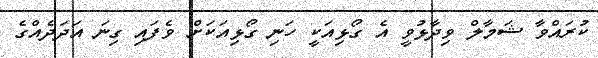
ކުރައްވާ ޝަމާލް ވިދާޅުވީ އެ ގޯޅިއަކީ ހަނި ގޯޅިއަކަށް ވެފައި ގިނަ އަދަދެއްގެ